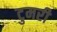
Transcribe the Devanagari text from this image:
टुमरी